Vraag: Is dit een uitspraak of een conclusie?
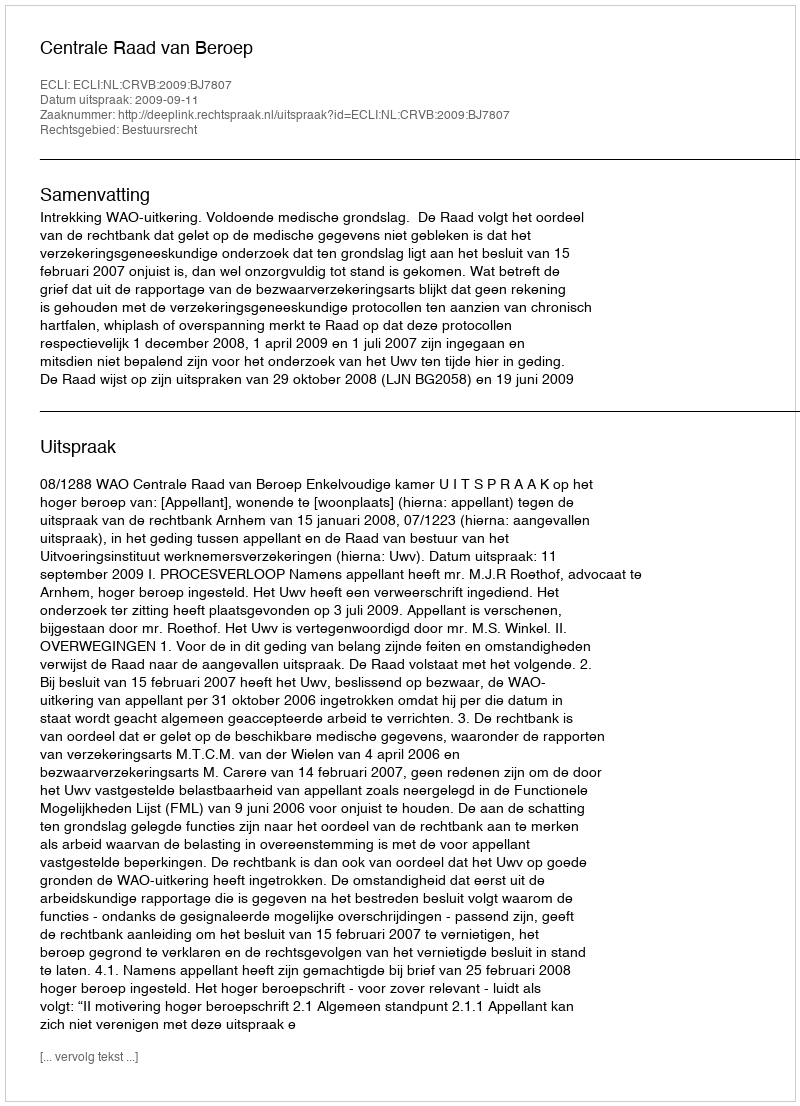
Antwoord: Uitspraak